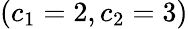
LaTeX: (c_{1}=2,c_{2}=3)